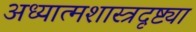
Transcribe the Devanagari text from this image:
अध्यात्मशास्त्रदृष्ट्या